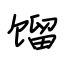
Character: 馏